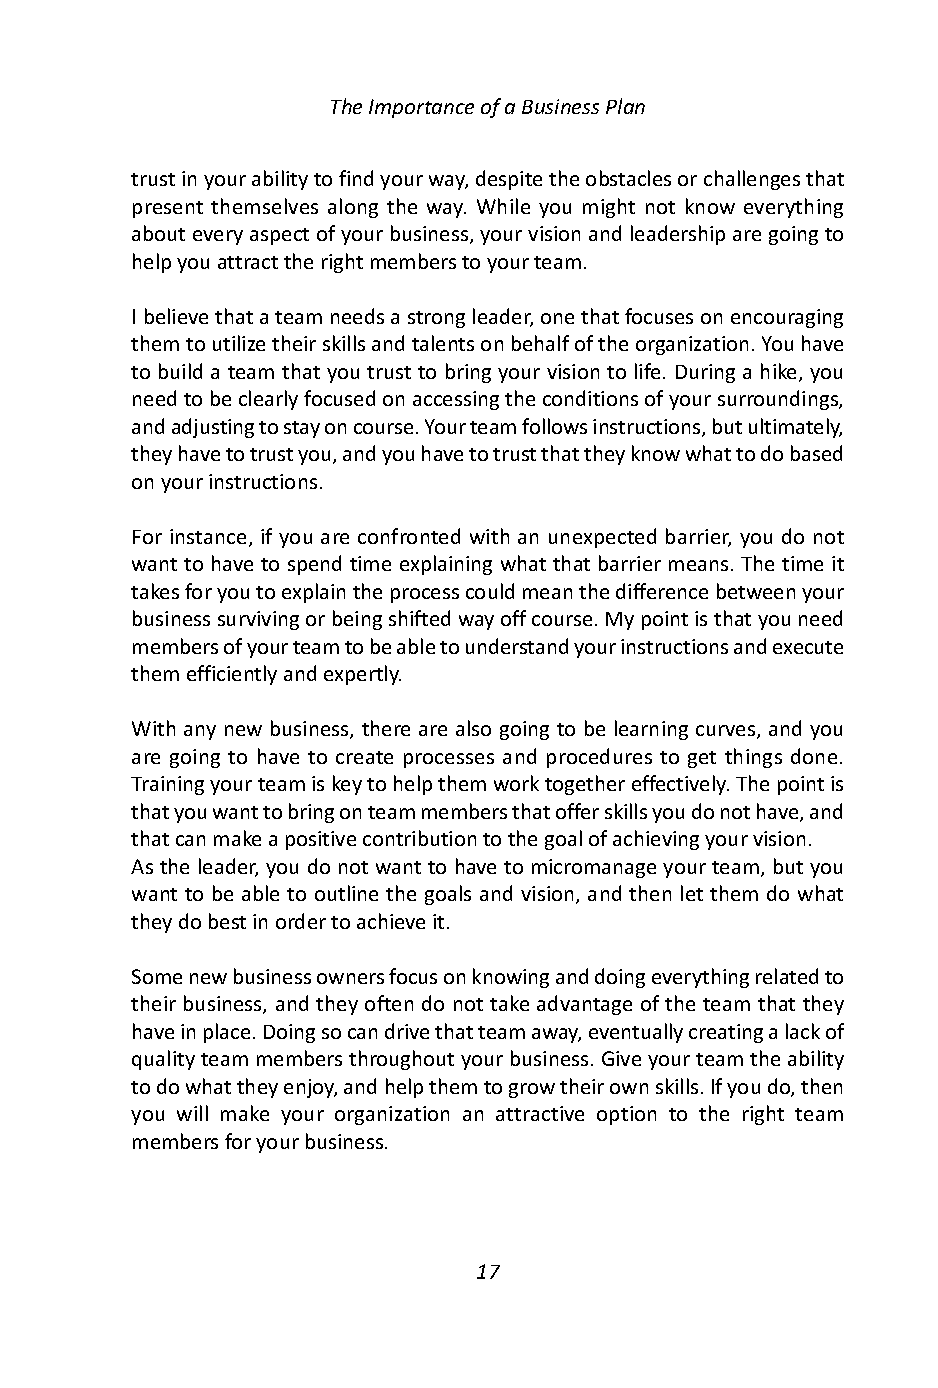
The Importance of a Business Plan
 trust in your ability to find your way, despite the obstacles or challenges that
 present themselves along the way. While you might not know everything
 about every aspect of your business, your vision and leadership are going to
 help you attract the right members to your team.
 I believe that a team needs a strong leader, one that focuses on encouraging
 them to utilize their skills and talents on behalf of the organization. You have
 to build a team that you trust to bring your vision to life. During a hike, you
 need to be clearly focused on accessing the conditions of your surroundings,
 and adjusting to stay on course. Your team follows instructions, but ultimately,
 they have to trust you, and you have to trust that they know what to do based
 on your instructions.
 For instance, if you are confronted with an unexpected barrier, you do not
 want to have to spend time explaining what that barrier means. The time it
 takes for you to explain the process could mean the difference between your
 business surviving or being shifted way off course. My point is that you need
 members of your team to be able to understand your instructions and execute
 them efficiently and expertly.
 With any new business, there are also going to be learning curves, and you
 are going to have to create processes and procedures to get things done.
 Training your team is key to help them work together effectively. The point is
 that you want to bring on team members that offer skills you do not have, and
 that can make a positive contribution to the goal of achieving your vision.
 As the leader, you do not want to have to micromanage your team, but you
 want to be able to outline the goals and vision, and then let them do what
 they do best in order to achieve it.
 Some new business owners focus on knowing and doing everything related to
 their business, and they often do not take advantage of the team that they
 have in place. Doing so can drive that team away, eventually creating a lack of
 quality team members throughout your business. Give your team the ability
 to do what they enjoy, and help them to grow their own skills. If you do, then
 you will make your organization an attractive option to the right team
 members for your business.
 17